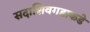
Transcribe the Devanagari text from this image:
सदाशिवगडाकडे